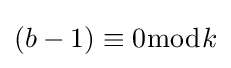
(b-1)\equiv 0{\bmod {k}}